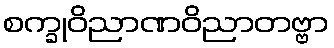
စက္ခုဝိညာဏဝိညာတဗ္ဗာ